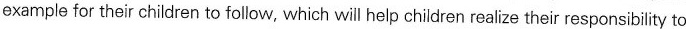
example for their children to follow, which will help children realize their responsibility to